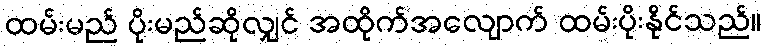
ထမ်းမည် ပိုးမည်ဆိုလျှင် အထိုက်အလျောက် ထမ်းပိုးနိုင်သည်။